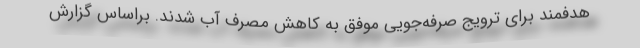
هدفمند برای ترویج صرفه‌جویی موفق به کاهش مصرف آب شدند. براساس گزارش